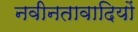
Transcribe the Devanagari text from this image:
नवीनतावादियों